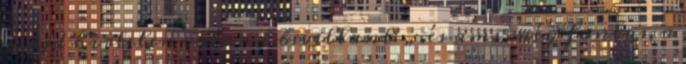
majd hirtelen valami bevillant: „.és ami még fontos, a